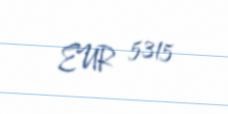
EUR 5315